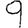
Digit: 9